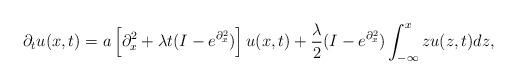
LaTeX: \begin{align*}\partial _{t}u(x,t)=a\left[ \mathcal{\partial }_{x}^{2}+\lambda t(I-e^{\mathcal{\partial }_{x}^{2}})\right] u(x,t)+\frac{\lambda }{2}(I-e^{\mathcal{\partial }_{x}^{2}})\int_{-\infty }^{x}zu(z,t)dz, \end{align*}